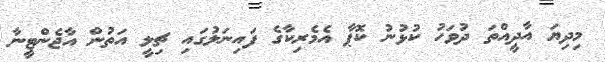
މިދިޔަ އާދީއްތަ ދުވަހު ކުޅުނު ކޮޕާ އެމެރިކާގެ ފައިނަލުގައި ޗިލީ އަތުން އާޖެންޓީނާ